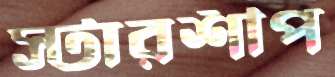
স্টারশীপ